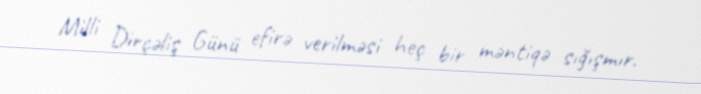
Milli Dirçəliş Günü efirə verilməsi heç bir məntiqə sığışmır.